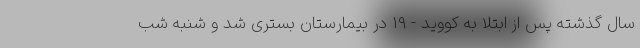
سال گذشته پس از ابتلا به کووید - 19 در بیمارستان بستری شد و شنبه شب